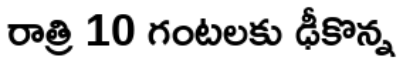
రాత్రి 10 గంటలకు ఢీకొన్న